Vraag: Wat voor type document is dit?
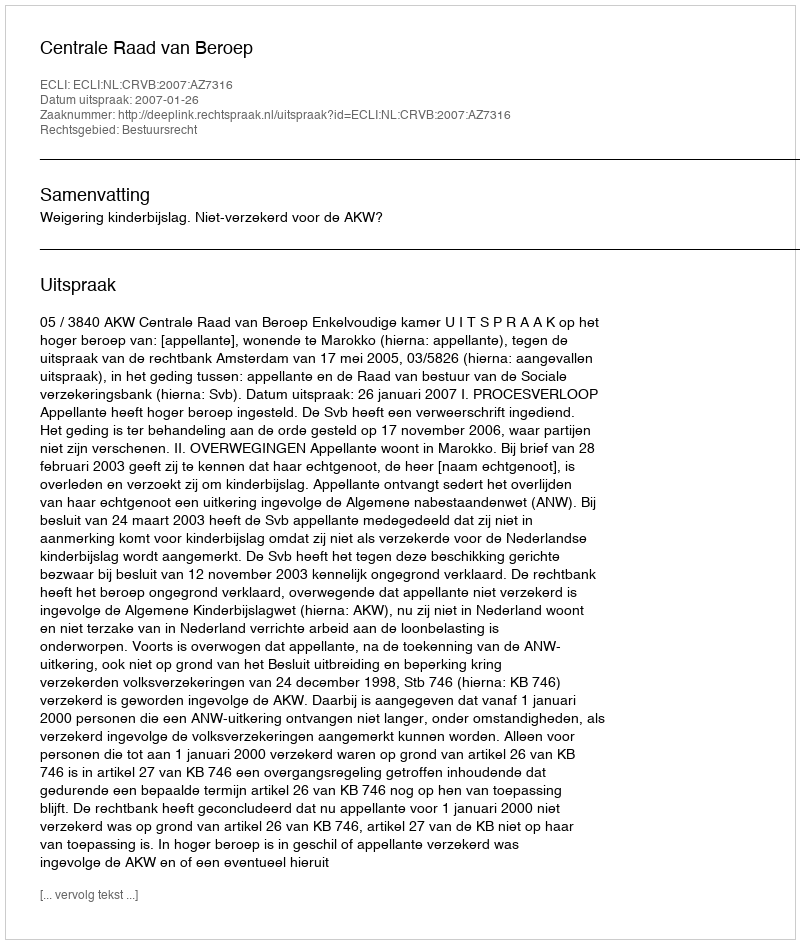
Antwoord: Uitspraak